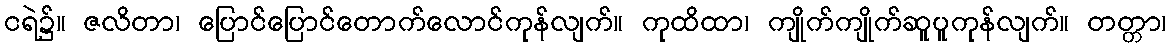
ငရဲ၌။ ဇလိတာ၊ ပြောင်ပြောင်တောက်လောင်ကုန်လျက်။ ကုထိထာ၊ ကျိုက်ကျိုက်ဆူပူကုန်လျက်။ တတ္တာ၊